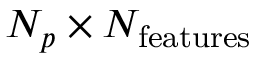
N _ { p } \times N _ { \mathrm { f e a t u r e s } }